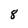
Character: 8